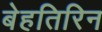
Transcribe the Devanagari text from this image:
बेहतिरिन